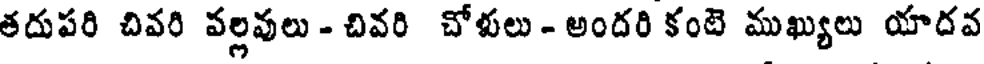
తదుపరి చివరి వల్లవులు - చివరి చోళులు - అందరి కంటె ముఖ్యులు యాదవ